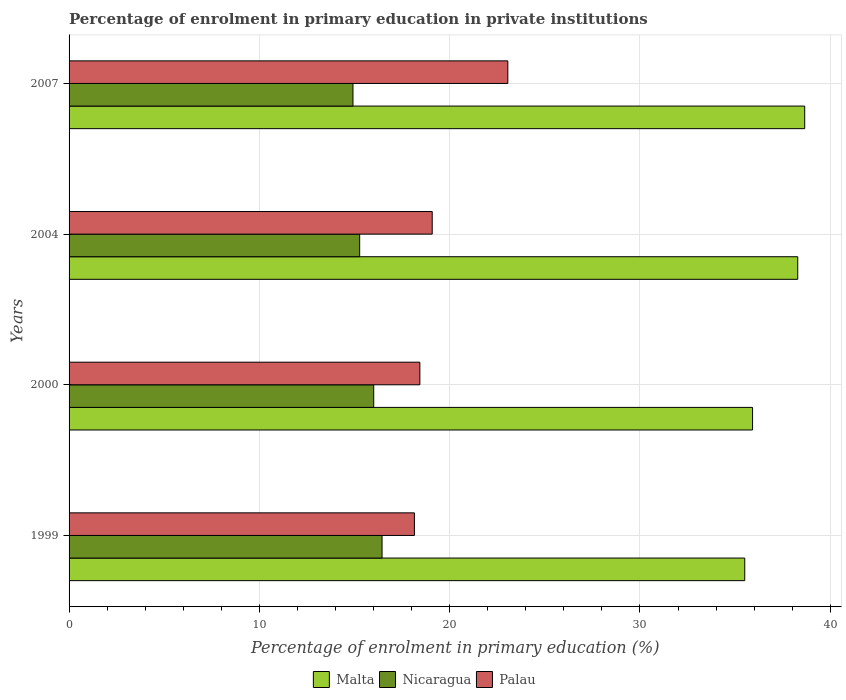
| Years | Malta | Nicaragua | Palau |
 | --- | --- | --- | --- |
 | 1999 | 35.5 | 16.4 | 18.1 |
 | 2000 | 35.9 | 16 | 18.4 |
 | 2004 | 38.3 | 15.3 | 19.1 |
 | 2007 | 38.7 | 14.9 | 23.1 |